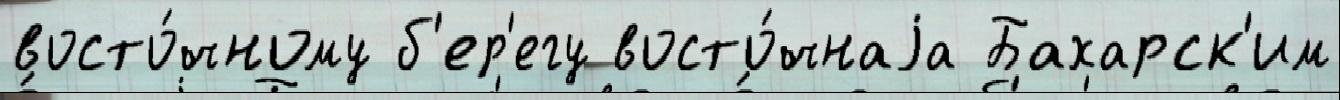
восто́чному б'ер'егу восто́чнаjа Бахарск'им